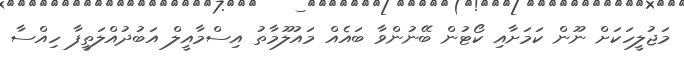
މަޖުލީހަކަށް ނޫން ކަމަށާއި ކޯޓުން ބޭނުންވާ ބައެއް މައުލޫމާތު އިސްމާއީލް އަބުދުއްލަތީފާ ހިއްސާ